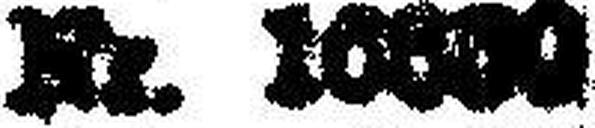
Nr. 16830